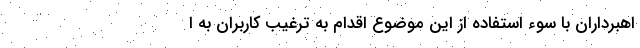
اهبرداران با سوء استفاده از این موضوع اقدام به ترغیب کاربران به ا